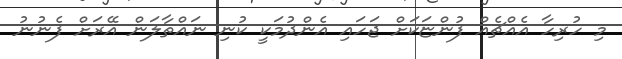
މި ހުރިހާ އެއްޗެއް ފުންޏަކަށް ޖަހައި އެންދުމަކީ ކުނި ނައްތާލަން އޭރަށް ފެނުނު